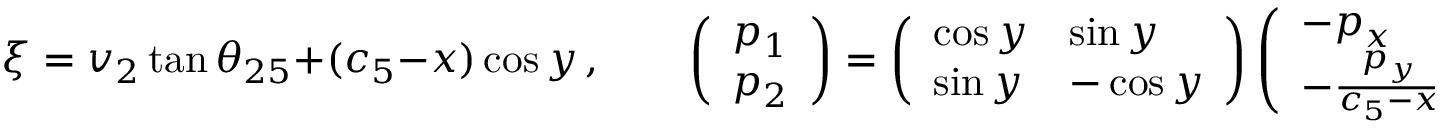
\xi = v _ { 2 } \tan \theta _ { 2 5 } + ( c _ { 5 } - x ) \cos y \, , \qquad \left( \begin{array} { l } { p _ { 1 } } \\ { p _ { 2 } } \end{array} \right) = \left( \begin{array} { l l } { \cos y } & { \sin y } \\ { \sin y } & { - \cos y } \end{array} \right) \left( \begin{array} { l } { - p _ { x } } \\ { - \frac { p _ { y } } { c _ { 5 } - x } } \end{array} \right) .